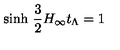
\mathrm { s i n h } \ \frac { 3 } { 2 } H _ { \infty } t _ { \Lambda } = 1